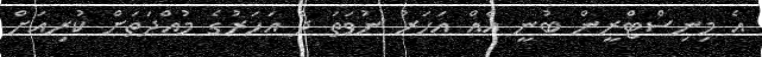
އެ މިނިސްޓްރީން ބުނީ އެއް އަހަރު ނުވަތަ ދެ އަހަރުގެ މުއްދަތަށް ކުރިއަށް